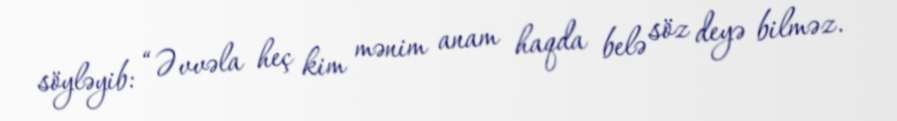
söyləyib: “Əvvəla heç kim mənim anam haqda belə söz deyə bilməz.